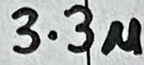
Text: 3.3u